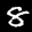
Label: 8